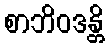
စာဘိဝဒန္တိ